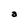
Character: a